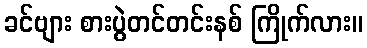
ခင်ဗျား စားပွဲတင်တင်းနစ် ကြိုက်လား။